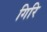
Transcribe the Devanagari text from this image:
गिरि